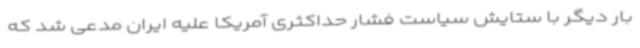
بار دیگر با ستایش سیاست فشار حداکثری آمریکا علیه ایران مدعی شد که